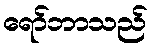
ရော်ဘာသည်